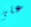
على